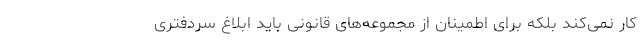
کار نمی‌کند بلکه برای اطمینان از مجموعه‌های قانونی باید ابلاغ سردفتری